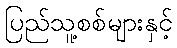
ပြည်သူ့စစ်များနှင့်